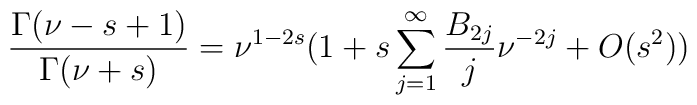
\frac{\Gamma(\nu-s+1)}{\Gamma(\nu+s)}=\nu^{1-2s}(  1+s\sum_{j=1}^{\infty} \frac{B_{2j}}{j}\nu^{-2j}+O(s^2))